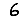
Digit: 6